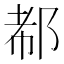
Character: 𰻪